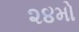
૨૪મો